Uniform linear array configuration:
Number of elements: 4
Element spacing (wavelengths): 0.25
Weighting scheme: uniform
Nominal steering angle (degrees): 15
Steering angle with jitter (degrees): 15.333
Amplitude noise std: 0.05
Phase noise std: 0.05

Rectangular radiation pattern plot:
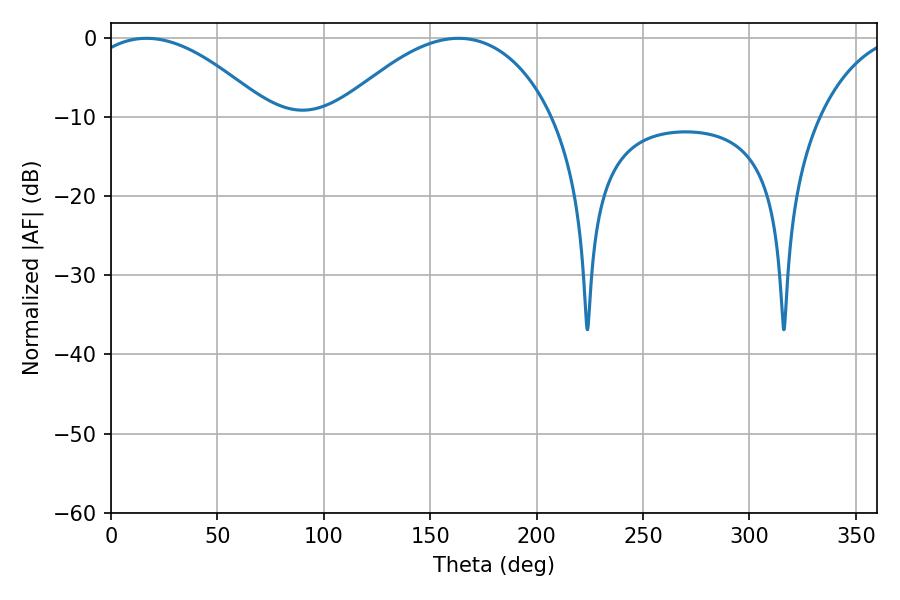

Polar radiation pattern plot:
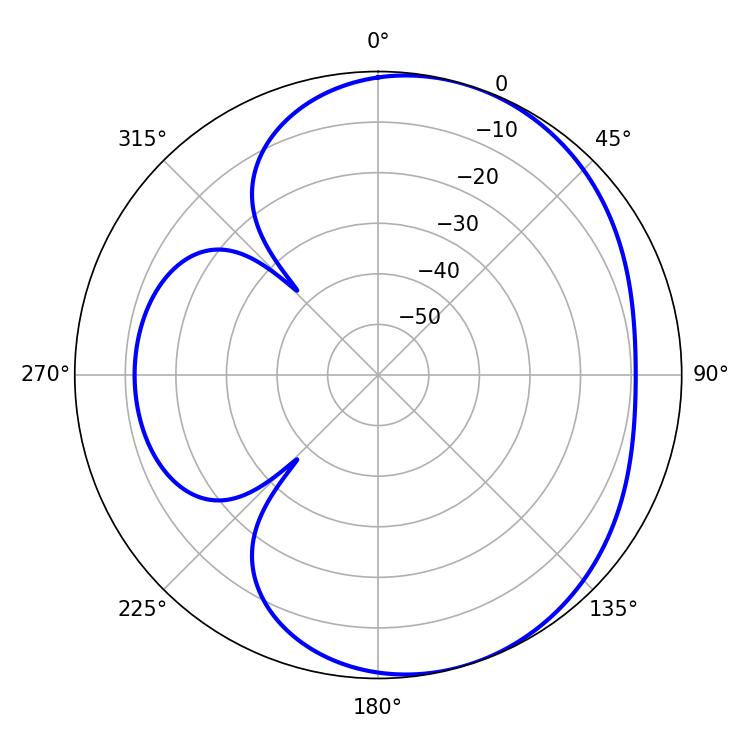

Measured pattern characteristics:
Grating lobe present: FALSE
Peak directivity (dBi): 4.647
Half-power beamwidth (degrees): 47.16
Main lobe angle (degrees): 16.74